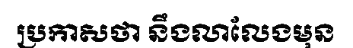
ប្រកាសថា នឹងលាលែងមុន